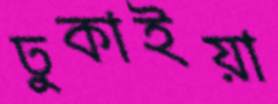
ঢুকাইয়া